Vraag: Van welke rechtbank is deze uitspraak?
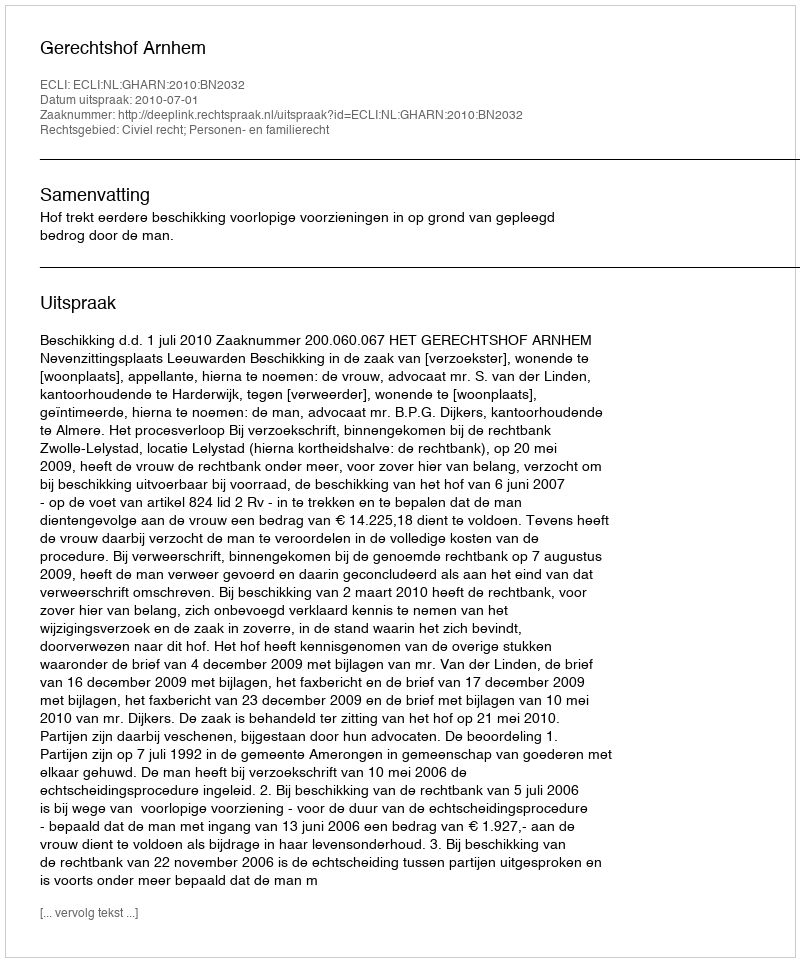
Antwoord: Gerechtshof Arnhem